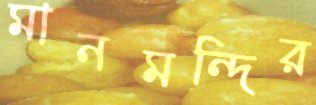
মানমন্দির